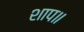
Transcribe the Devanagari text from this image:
शाप॥